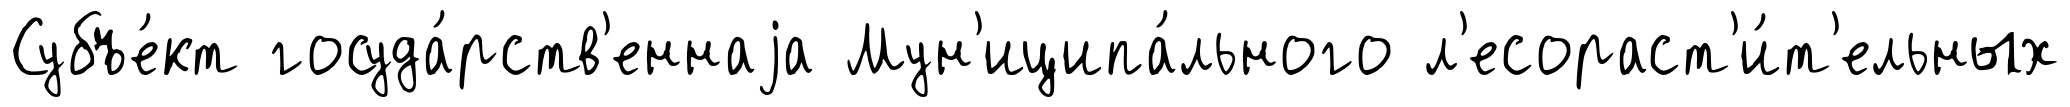
Субъе́кт госуда́рств'еннаjа Мун'иципа́льного л'есораст'и́т'ельных